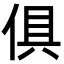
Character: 俱